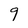
Character: 9